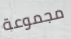
مجموعة